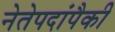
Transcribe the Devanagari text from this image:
नेतेपदांपैकी